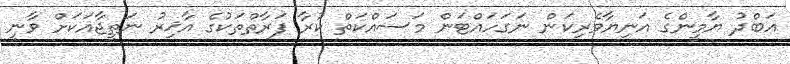
އަބްދު ޔާމީންގެ އަނިޔާވެރިކަން ނަގަހައްޓަން މަސައްކަތް ކުރާ ފަރާތްތަކުގެ އާޚިރު ނަތީޖާއަކަށް ވާނީ